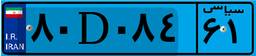
۸۰D۰۸۴۶۱